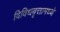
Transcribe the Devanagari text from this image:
विविधवृत्तामध्ये